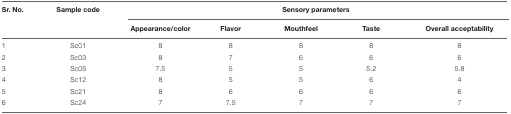
| Sr. No. | Sample code | <COLSPAN=5> Sensory parameters |
 |  |  | Appearance/color | Flavor | Mouthfeel | Taste | Overall acceptability |
 | --- | --- | --- | --- | --- | --- | --- |
 | 1 | Sc01 | 8 | 8 | 8 | 8 | 8 |
 | 2 | Sc03 | 8 | 7 | 6 | 6 | 6 |
 | 3 | Sc05 | 7.5 | 5 | 5 | 5.2 | 5.8 |
 | 4 | Sc12 | 8 | 5 | 5 | 6 | 4 |
 | 5 | Sc21 | 8 | 6 | 6 | 6 | 6 |
 | 6 | Sc24 | 7 | 7.5 | 7 | 7 | 7 |